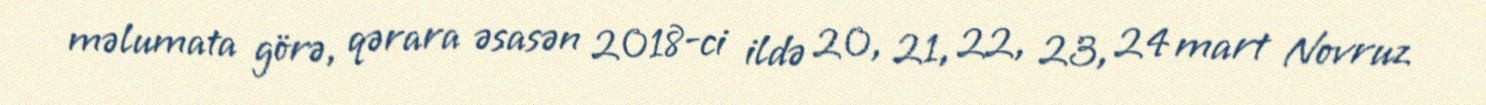
məlumata görə, qərara əsasən 2018-ci ildə 20, 21, 22, 23, 24 mart Novruz